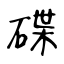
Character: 碟